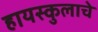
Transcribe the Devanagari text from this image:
हायस्कुलाचे